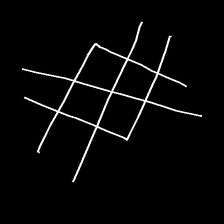
Glyph: crystal